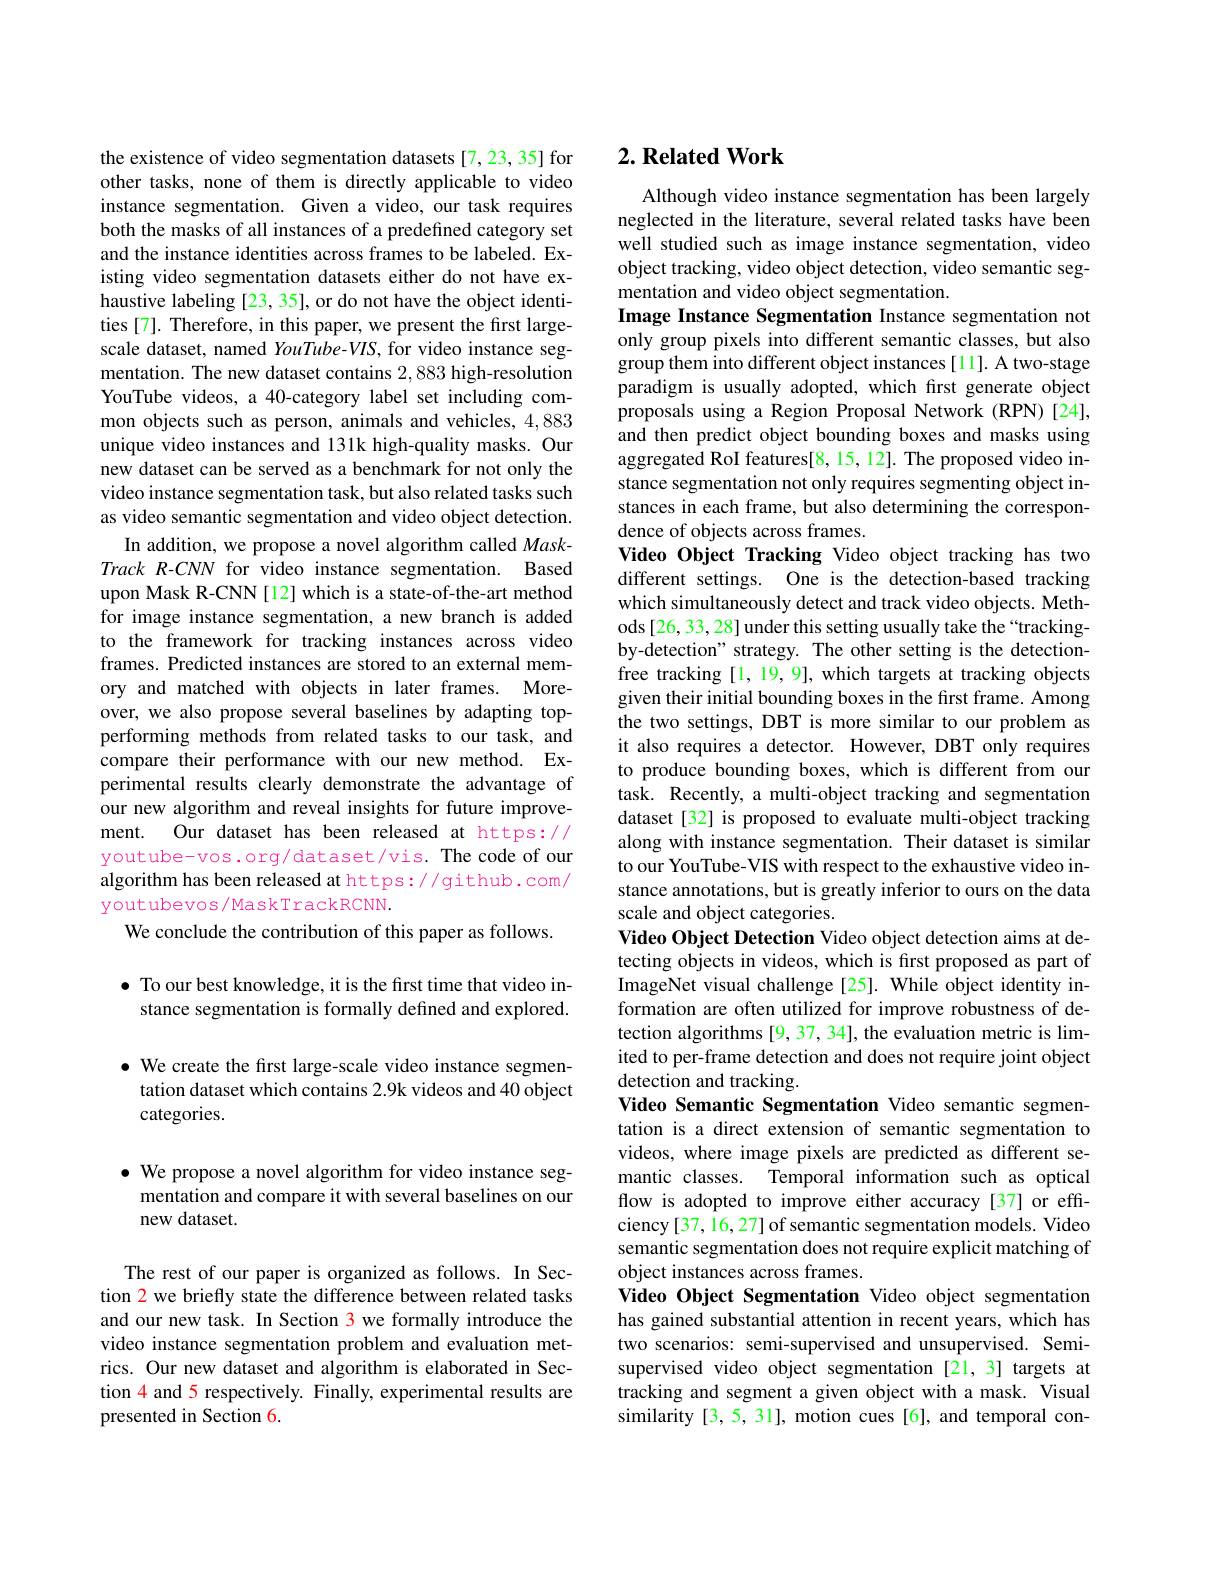
the existence of video segmentation datasets [7,23,35] for other tasks, none of them is directly applicable to video instance segmentation. Given a video, our task requires both the masks of all instances of a predefined category set and the instance identities across frames to be labeled. Existing video segmentation datasets either do not have exhaustive labeling [23, 35], or do not have the object identities [7]. Therefore, in this paper, we present the first largescale dataset, named YouTube-VIS, for video instance segmentation. The new dataset contains 2,883 high-resolution YouTube videos, a 40-category label set including common objects such as person, animals and vehicles, 4,883 unique video instances and 131k high-quality masks. Our new dataset can be served as a benchmark for not only the video instance segmentation task, but also related tasks such as video semantic segmentation and video object detection.
In addition, we propose a novel algorithm called MaskTrack R-CNN for video instance segmentation. Based upon Mask R-CNN [12] which is a state-of-the-art method for image instance segmentation, a new branch is added to the framework for tracking instances across video frames. Predicted instances are stored to an external memory and matched with objects in later frames. Moreover, we also propose several baselines by adapting topperforming methods from related tasks to our task, and compare their performance with our new method. Experimental results clearly demonstrate the advantage of our new algorithm and reveal insights for future improvement. Our dataset has been released at https:// youtube-vos.org/dataset/vis. The code of our algorithm has been released at https://github.com/ youtubevos/MaskTrackRCNN.
We conclude the contribution of this paper as follows.

$\bullet$ To our best knowledge, it is the first time that video instance segmentation is formally defined and explored.

· We create the first large-scale video instance segmen-
tation dataset which contains 2.9k videos and 40 object
categories.

$\bullet$ We propose a novel algorithm for video instance seg-
mentation and compare it with several baselines on our
new dataset.

The rest of our paper is organized as follows. In Section 2 we briefly state the difference between related tasks and our new task. In Section 3 we formally introduce the video instance segmentation problem and evaluation metrics. Our new dataset and algorithm is elaborated in Section 4 and 5 respectively. Finally, experimental results are presented in Section 6.

# 2. Related Work

Although video instance segmentation has been largely neglected in the literature, several related tasks have been well studied such as image instance segmentation, video object tracking, video object detection, video semantic segmentation and video object segmentation.
Image Instance Segmentation Instance segmentation not only group pixels into different semantic classes, but also group them into different object instances [11]. A two-stage paradigm is usually adopted, which first generate object proposals using a Region Proposal Network (RPN)[24], and then predict object bounding boxes and masks using aggregated RoI features[8,15,12]. The proposed video instance segmentation not only requires segmenting object instances in each frame, but also determining the correspondence of objects across frames.
Video Object Tracking Video object tracking has two different settings. One is the detection-based tracking which simultaneously detect and track video objects. Methods [26, 33, 28] under this setting usually take the “trackingby-detection" strategy. The other setting is the detectionfree tracking [1, 19, 9], which targets at tracking objects given their initial bounding boxes in the first frame. Among the two settings, DBT is more similar to our problem as it also requires a detector. However, DBT only requires to produce bounding boxes, which is different from our task. Recently, a multi-object tracking and segmentation dataset [32] is proposed to evaluate multi-object tracking along with instance segmentation. Their dataset is similar to our YouTube-VIS with respect to the exhaustive video instance annotations, but is greatly inferior to ours on the data scale and object categories.
Video Object Detection Video object detection aims at detecting objects in videos, which is first proposed as part of ImageNet visual challenge [25]. While object identity information are often utilized for improve robustness of detection algorithms [9,37,34], the evaluation metric is limited to per-frame detection and does not require joint object detection and tracking.
Video Semantic Segmentation Video semantic segmentation is a direct extension of semantic segmentation to videos, where image pixels are predicted as different semantic classes. Temporal information such as optical flow is adopted to improve either accuracy[37] or efficiency [37, 16, 27] of semantic segmentation models. Video semantic segmentation does not require explicit matching of object instances across frames.
Video Object Segmentation Video object segmentation has gained substantial attention in recent years, which has two scenarios: semi-supervised and unsupervised. Semisupervised video object segmentation [21,3] targets at tracking and segment a given object with a mask. Visual similarity [3,5,31], motion cues [6], and temporal con-